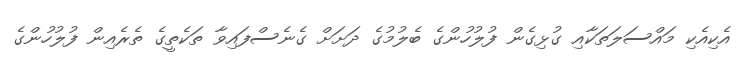
އެކިއެކި މައްސަލަތަކާއި ގުޅިގެން ފުލުހުންގެ ބެލުމުގެ ދަށަށް ގެނެސްފައިވާ ތަކެތީގެ ތެރެއިން ފުލުހުންގެ